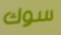
سوك